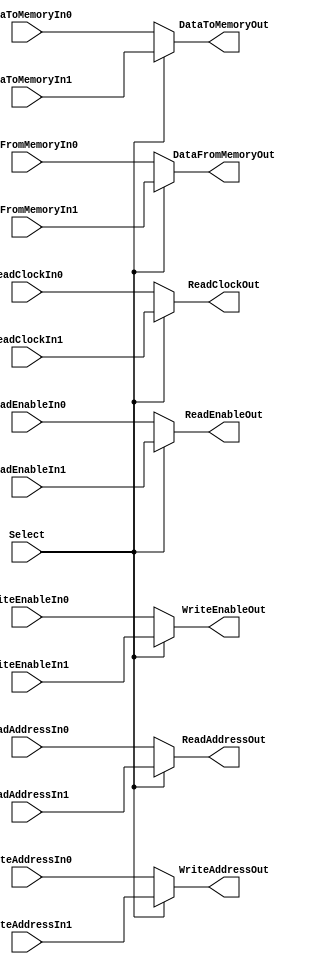
// This program was cloned from: https://github.com/lnis-uofu/OpenFPGA
// License: MIT License

// -----------------------------------------------------------------------------
// title          : Sensor Manager Memory Module
// project        : ULP Sensor Hub
// -----------------------------------------------------------------------------
// company        : QuickLogic Corp
// last update    : 2014/05/20
// platform       : PolarPro III
// standard       : Verilog 2001
// -----------------------------------------------------------------------------
// description: The Sensor Manger Memory Mux selects between several sources
//              for passing both read and write information. 
// -----------------------------------------------------------------------------
// copyright (c) 2013
// -----------------------------------------------------------------------------
// revisions  :
// date            version    author         description
// 2014/05/20      1.0        Glen Gomes     Updated -> Added support for a second 
//                                                      memory block by adding
//                                                      address bits.
// -----------------------------------------------------------------------------
// Comments: This solution is specifically for use with the QuickLogic
//           PolarPro III S2 device. 
// -----------------------------------------------------------------------------

`timescale 1ns / 10ps

module SMEMemoryMux (
	input		Select,
	
	input [9:0]		ReadAddressIn0,    // Expanded for Rel 0 on 6/18
	input [9:0]		ReadAddressIn1,    // Expanded for Rel 0 on 6/18
	output[9:0]		ReadAddressOut,    // Expanded for Rel 0 on 6/18
	
	input [9:0]		WriteAddressIn0,
	input [9:0]		WriteAddressIn1,
	output[9:0]		WriteAddressOut,
	
	input [8:0]		DataToMemoryIn0,
	input [8:0]		DataToMemoryIn1,
	output[8:0]		DataToMemoryOut,
	
	input [17:0]	DataFromMemoryIn0,
	input [17:0]	DataFromMemoryIn1,
	output[17:0]	DataFromMemoryOut,
	
	input			ReadEnableIn0,
	input			ReadEnableIn1,
	output			ReadEnableOut,
	
	input			WriteEnableIn0,
	input			WriteEnableIn1,
	output			WriteEnableOut,
	
	input			ReadClockIn0,
	input			ReadClockIn1,
	output			ReadClockOut	
	);
	
	assign ReadAddressOut = (Select) ? ReadAddressIn1 : ReadAddressIn0;
	assign WriteAddressOut = (Select) ? WriteAddressIn1 : WriteAddressIn0;
	assign DataToMemoryOut = (Select) ? DataToMemoryIn1 : DataToMemoryIn0;
	assign DataFromMemoryOut = (Select) ? DataFromMemoryIn1 : DataFromMemoryIn0;
	assign ReadEnableOut = (Select) ? ReadEnableIn1 : ReadEnableIn0;
	assign WriteEnableOut = (Select) ? WriteEnableIn1 : WriteEnableIn0;
	assign ReadClockOut = (Select) ? ReadClockIn1 : ReadClockIn0;

endmodule